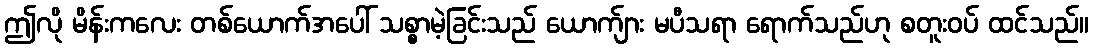
ဤလို မိန်းကလေး တစ်ယောက်အပေါ် သစ္စာမဲ့ခြင်းသည် ယောက်ျား မပီသရာ ရောက်သည်ဟု စတူးဝပ် ထင်သည်။